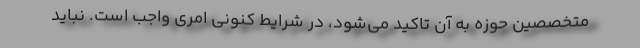
متخصصین حوزه به آن تاکید می‌شود، در شرایط کنونی امری واجب است. نباید